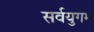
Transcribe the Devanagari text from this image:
सर्वयुगम